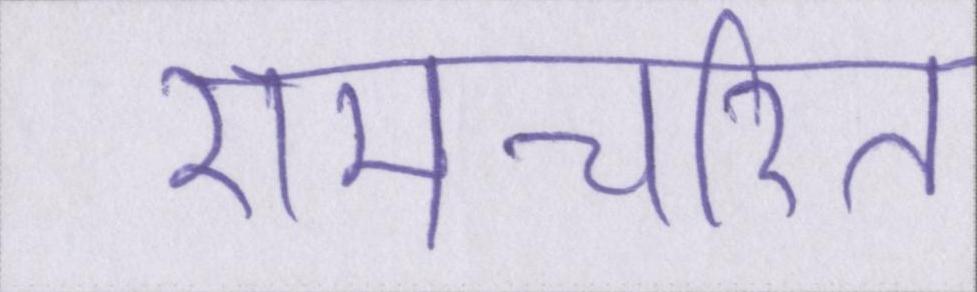
रामचरित